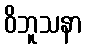
ဝိဘူသနာ